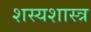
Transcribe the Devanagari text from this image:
शस्यशास्त्र